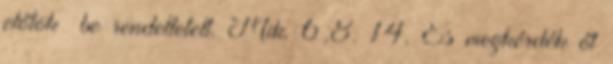
előtök− be rendeltetett. Mik. 6,8. 14. És megkérdék őt